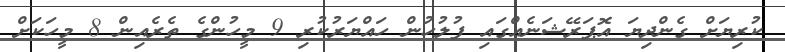
ކުރިޔަށް ގެންދިޔަ އޮޕަރޭޝަނެއްގައި ފުލުހުން ހައްޔަރުކުރި 9 މީހުންގެ ތެރެއިން 8 މީހަކަށް